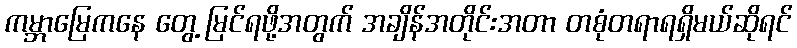
ကမ္ဘာမြေကနေ တွေ့ မြင်ရဖို့အတွက် အချိန်အတိုင်းအတာ တစုံတရာရရှိမယ်ဆိုရင်